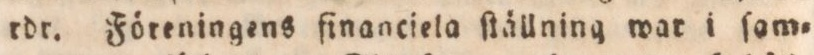
rdr. Föreningens financiela ſtällning war i ſam=